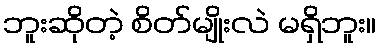
ဘူးဆိုတဲ့ စိတ်မျိုးလဲ မရှိဘူး။